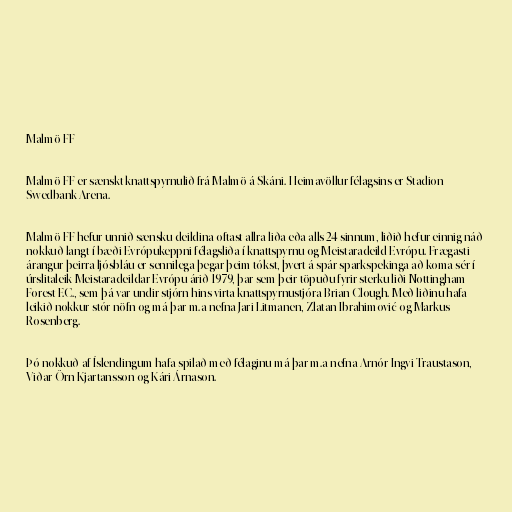
Malmö FF

Malmö FF er sænskt knattspyrnulið frá Malmö á Skáni. Heimavöllur félagsins er Stadion
Swedbank Arena.

Malmö FF hefur unnið sænsku deildina oftast allra liða eða alls 24 sinnum, liðið hefur einnig náð
nokkuð langt í bæði Evrópukeppni félagsliða í knattspyrnu og Meistaradeild Evrópu. Frægasti
árangur þeirra ljósbláu er sennilega þegar þeim tókst, þvert á spár sparkspekinga að koma sér í
úrslitaleik Meistaradeildar Evrópu árið 1979, þar sem þeir töpuðu fyrir sterku liði Nottingham
Forest F.C., sem þá var undir stjórn hins virta knattspyrnustjóra Brian Clough. Með liðinu hafa
leikið nokkur stór nöfn og má þar m.a nefna Jari Litmanen, Zlatan Ibrahimović og Markus
Rosenberg.

Þó nokkuð af Íslendingum hafa spilað með félaginu má þar m.a nefna Arnór Ingvi Traustason,
Viðar Örn Kjartansson og Kári Árnason.